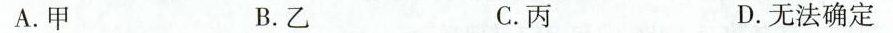
A.甲 B.乙 C.丙 D.无法确定